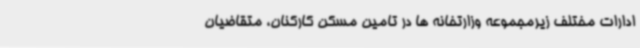
ادارات مختلف زیرمجموعه وزارتخانه ها در تامین مسکن کارکنان، متقاضیان